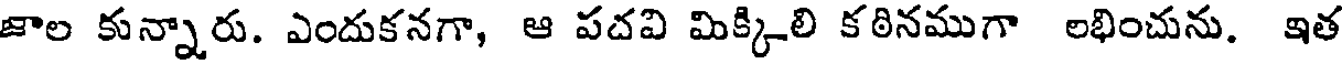
జాల కున్నారు. ఎందుకనగా, ఆ పదవి మిక్కిలి కఠినముగా లభించును. ఇత